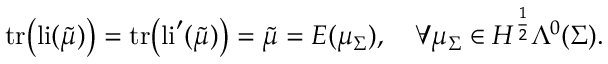
\mathrm { t r } \big ( \mathrm { l i } ( \tilde { \mu } ) \big ) = \mathrm { t r } \big ( \mathrm { l i } ^ { \prime } ( \tilde { \mu } ) \big ) = \tilde { \mu } = E ( \mu _ { \Sigma } ) , \quad \forall \mu _ { \Sigma } \in H ^ { \frac { 1 } { 2 } } \Lambda ^ { 0 } ( \Sigma ) .